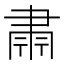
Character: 𮌄